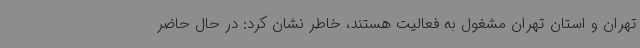
تهران و استان تهران مشغول به فعالیت هستند، خاطر نشان کرد: در حال حاضر